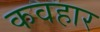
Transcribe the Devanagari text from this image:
कवहार